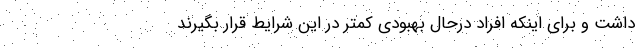
داشت و برای اینکه افراد درحال بهبودی کمتر در این شرایط قرار بگیرند